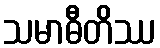
သမာဓီတိဿ